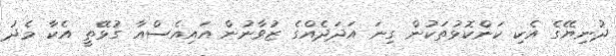
ދުނިޔޭގެ އެކި ކަންކޮޅުތަކުން ގިނަ އަދަދެއްގެ ޒުވާނުން އައިއެސްއާ ގުޅޭތީ އެކާ މެދު